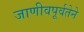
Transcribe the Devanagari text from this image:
जाणीवपूर्वतेने